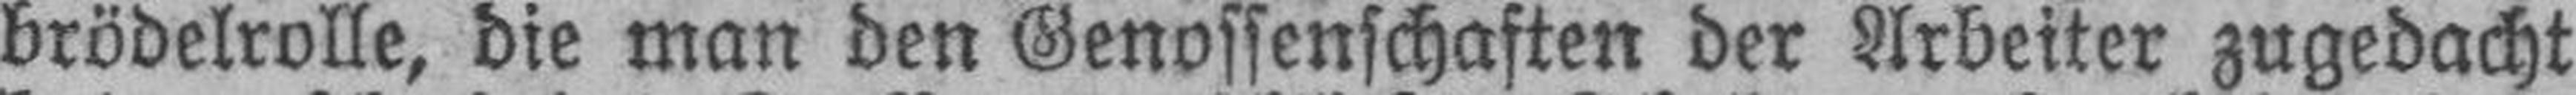
brödelrolle, die man den Genossenschaften der Arbeiter zugedacht